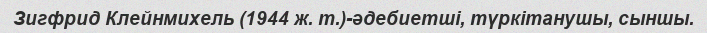
Зигфрид Клейнмихель (1944 ж. т.)-әдебиетші, түркітанушы, сыншы.